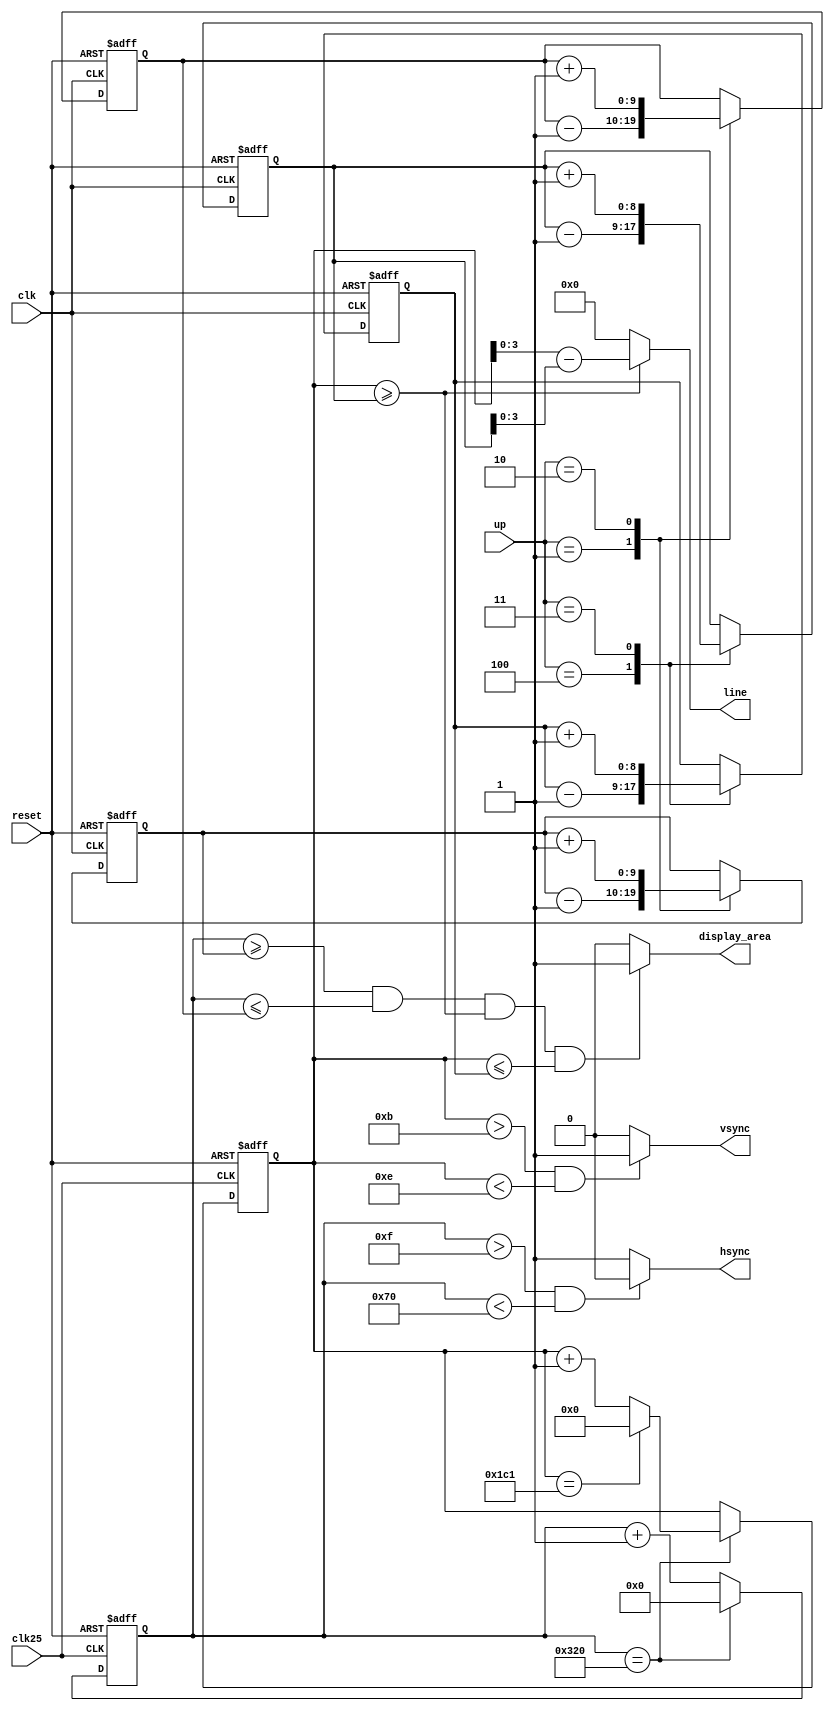
module vgasync(clk,clk25,reset,up,hsync,vsync,display_area,line);
input clk25,clk,reset;
input [2:0] up;
output hsync,vsync,display_area;
output[3:0] line;
wire hsync,vsync;
reg [9:0] left,right;
reg [8:0] top,down;
reg [9:0] pixel_counter;
reg [8:0] line_counter;
parameter H_FRONT_PORCH = 16 ;
parameter H_SYNC_PULSE = 96 ;
parameter H_BACK_PORCH = 48 ;
parameter H_VISIBLE_PIXELS = 640 ;
parameter H_END=800;

parameter V_FRONT_PORCH = 12 ;
parameter V_SYNC_PULSE = 2 ;
parameter V_BACK_PORCH = 35 ;
parameter V_VISIBLE_LINES = 400 ;
parameter V_END=449;

parameter H_LEFT_BORDER=475;//(800+160)/2-4
parameter H_RIGHT_BORDER=482;//476+7
parameter V_TOP_BORDER=216;//(12+2+35+400-1)/2
parameter V_BOTTOM_BORDER=231;//216+15 epeidh exoume 16 grammes pros anaparastash 


always @(posedge clk25 or posedge reset) 
begin
    if (reset) // an exoume energopoihmeno reset, midenise ton counter
    begin
        pixel_counter<=10'd0;
        line_counter<=9'd0;
    end

    else if (pixel_counter==H_END) //an den exoume energopoihmeno reset kai an eimaste sto deksi akro tis othonis
         begin
             pixel_counter<=10'd0;
             if (line_counter==V_END) line_counter<=9'd0; //an eimaste sthn teleftaia grammi, midenizoume ton line_counter
             else line_counter<=line_counter+9'd1; //alliws afksanoume ton line_counter
         end
    else pixel_counter<=pixel_counter+10'd1; //an den eimaste sto deksi akro tis othonis   
    end
    
    
 always @(posedge clk or posedge reset) 
begin
    if(reset)
    begin
        top=V_TOP_BORDER;
        left=H_LEFT_BORDER;
        down=V_BOTTOM_BORDER;
        right=H_RIGHT_BORDER;
    end
    else
    begin
        case(up)
         3'b100: begin
                    top=top-1;
                    down=down-1;
                    end
         3'b011: begin
                    top=top+1;
                    down=down+1;
                        end
         3'b001: begin
                    left=left-1;
                    right=right-1;
                       end
         3'b010: begin
                    left=left+1;
                    right=right+1;
                       end
        endcase
    
    
    
    
    end
end//2nd always



 
assign hsync =(pixel_counter>H_FRONT_PORCH-1 && pixel_counter<H_FRONT_PORCH+H_SYNC_PULSE)? 0:1;//  112 > pc > 15
assign vsync =(line_counter>V_FRONT_PORCH-1 && line_counter<V_FRONT_PORCH+V_SYNC_PULSE)? 1:0; // 14> lc > 11
assign visible= (pixel_counter>H_FRONT_PORCH+H_SYNC_PULSE+H_BACK_PORCH-1 && line_counter>V_FRONT_PORCH+V_SYNC_PULSE+V_BACK_PORCH-1)? 1:0;

assign display_area=(pixel_counter>=left && pixel_counter<= right && line_counter>=top && line_counter<=down)? 1:0;
assign line[3:0]=(line_counter>=top ) ? (line_counter - top):0;//ypologizoume thn apostash se lines apo to top border. paei ston iterator gia diefthynsiodotish ths mnhmhs 
//assign Red=(display_area)? 3'b111:3'b000;//an eimaste sto display area steile aspro, alliws mavro 216 231
//assign Blue=(display_area)? 3'b111:3'b000; 476-482
//assign Green=(display_area)? 3'b111:3'b000; 12-13


endmodule